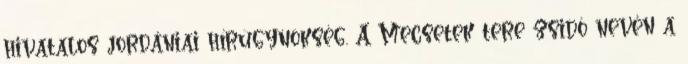
hivatalos jordániai hírügynökség. A Mecsetek tere zsidó nevén a